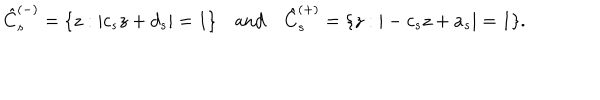
\hat { C } _ { s } ^ { ( - ) } = \{ z : | c _ { s } z + d _ { s } | = 1 \} \quad \mathrm { a n d } \quad \hat { C } _ { s } ^ { ( + ) } = \{ z : | - c _ { s } z + a _ { s } | = 1 \} .